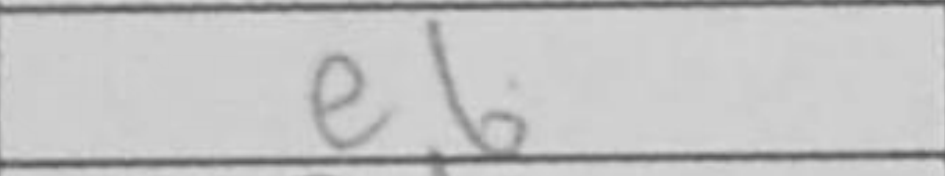
Transcription: e6